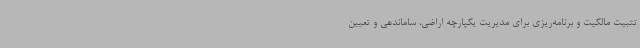
تثبیت مالکیت و برنامه‌ریزی برای مدیریت یکپارچه اراضی، ساماندهی و تعیین